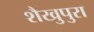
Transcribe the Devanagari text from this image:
शैखुपुरा